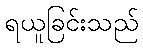
ရယူခြင်းသည်